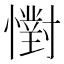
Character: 㦠